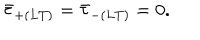
LaTeX: \bar { \tau } _ { + ( L T ) } = \bar { \tau } _ { - ( L T ) } = 0 .